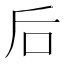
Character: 后